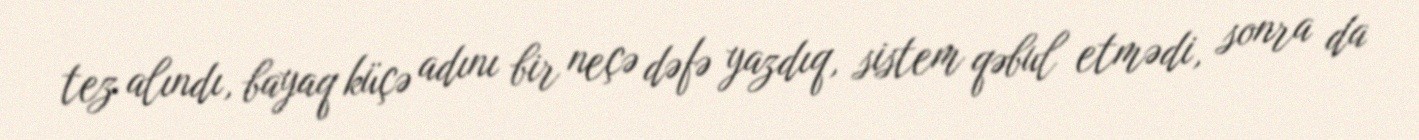
tez alındı, bayaq küçə adını bir neçə dəfə yazdıq, sistem qəbul etmədi, sonra da